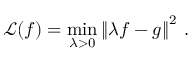
\mathcal { L } ( f ) = \operatorname* { m i n } _ { \lambda > 0 } \left\| \lambda f - g \right\| ^ { 2 } \, .